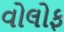
વોલોફ